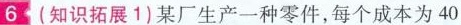
6 (知识拓展 1)某厂生产一种零件，每个成本为 40